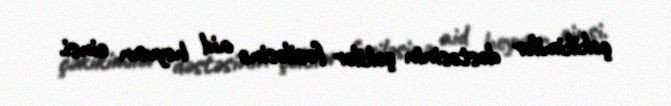
çəkikimilər dəstəsinin çəkilər fəsiləsinə aid heyvan cinsi.